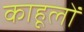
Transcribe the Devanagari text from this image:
काहूलों